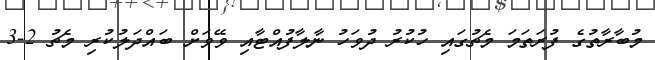
މުބާރާތުގެ ފުރަތަމަ މެޗުގައި ހުކުރު ދުވަހު ނާލާފުއްޓާއި ވޭވަށް ބައްދަލުކުރި މެޗު 2-3